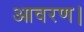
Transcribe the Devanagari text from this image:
आवरण।